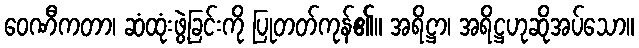
ဝေဏီကတာ၊ ဆံထုံးဖွဲ့ခြင်းကို ပြုတတ်ကုန်၏။ အရိဋ္ဌာ၊ အရိဋ္ဌဟုဆိုအပ်သော။